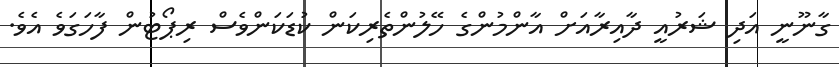
ގާނޫނީ އަދި ޝަރުއީ ދާއިރާއަށް އާންމުންގެ ހޭލުންތެރިކަން ކުޑަކަންވެސް ރިޕޯޓުން ފާހަގަވެ އެވެ.